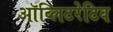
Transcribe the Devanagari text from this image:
ऑब्लिटरेटिव